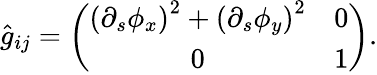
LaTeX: \hat{g}_{ij}=\left(\begin{array}{cc}{\left(\partial_{s}\phi_{x}\right)^{2}+\left(\partial_{s}\phi_{y}\right)^{2}}&{0}\\ {0}&{1}\end{array}\right).